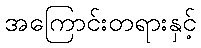
အကြောင်းတရားနှင့်